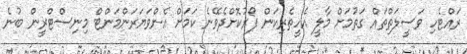
ރައްޓެހި ވަސީލަތްތައް ގަތުމަށް މާލީ އެހީތެރިކަން ފޯރުކޮށްދެވޭނެ ކަމަށް އެންވަޔަރަންމަންޓް މިނިސްޓްރީން ބުނެ